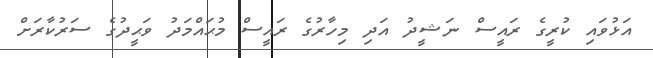
އަޅުވައި ކުރީގެ ރައީސް ނަޝީދު އަދި މިހާރުގެ ރައީސް މުޙައްމަދު ވަޙީދުގެ ސަރުކާރަށް